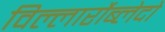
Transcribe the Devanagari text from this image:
विल्लार्रोब्लेदो